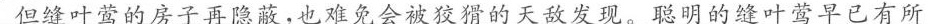
但缝叶莺的房子再隐蔽，也难免会被狡猾的天敌发现。聪明的缝叶莺早已有所